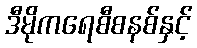
ဒီမိုကရေစီစနစ်နှင့်